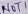
Text: NOT1